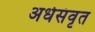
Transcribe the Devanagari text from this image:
अर्धसंवृत